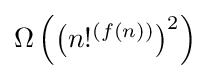
{\textstyle \Omega \left(\left(n!^{(f(n))}\right)^{2}\right)}